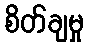
စိတ်ချမှု